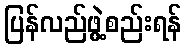
ပြန်လည်ဖွဲ့စည်းရန်